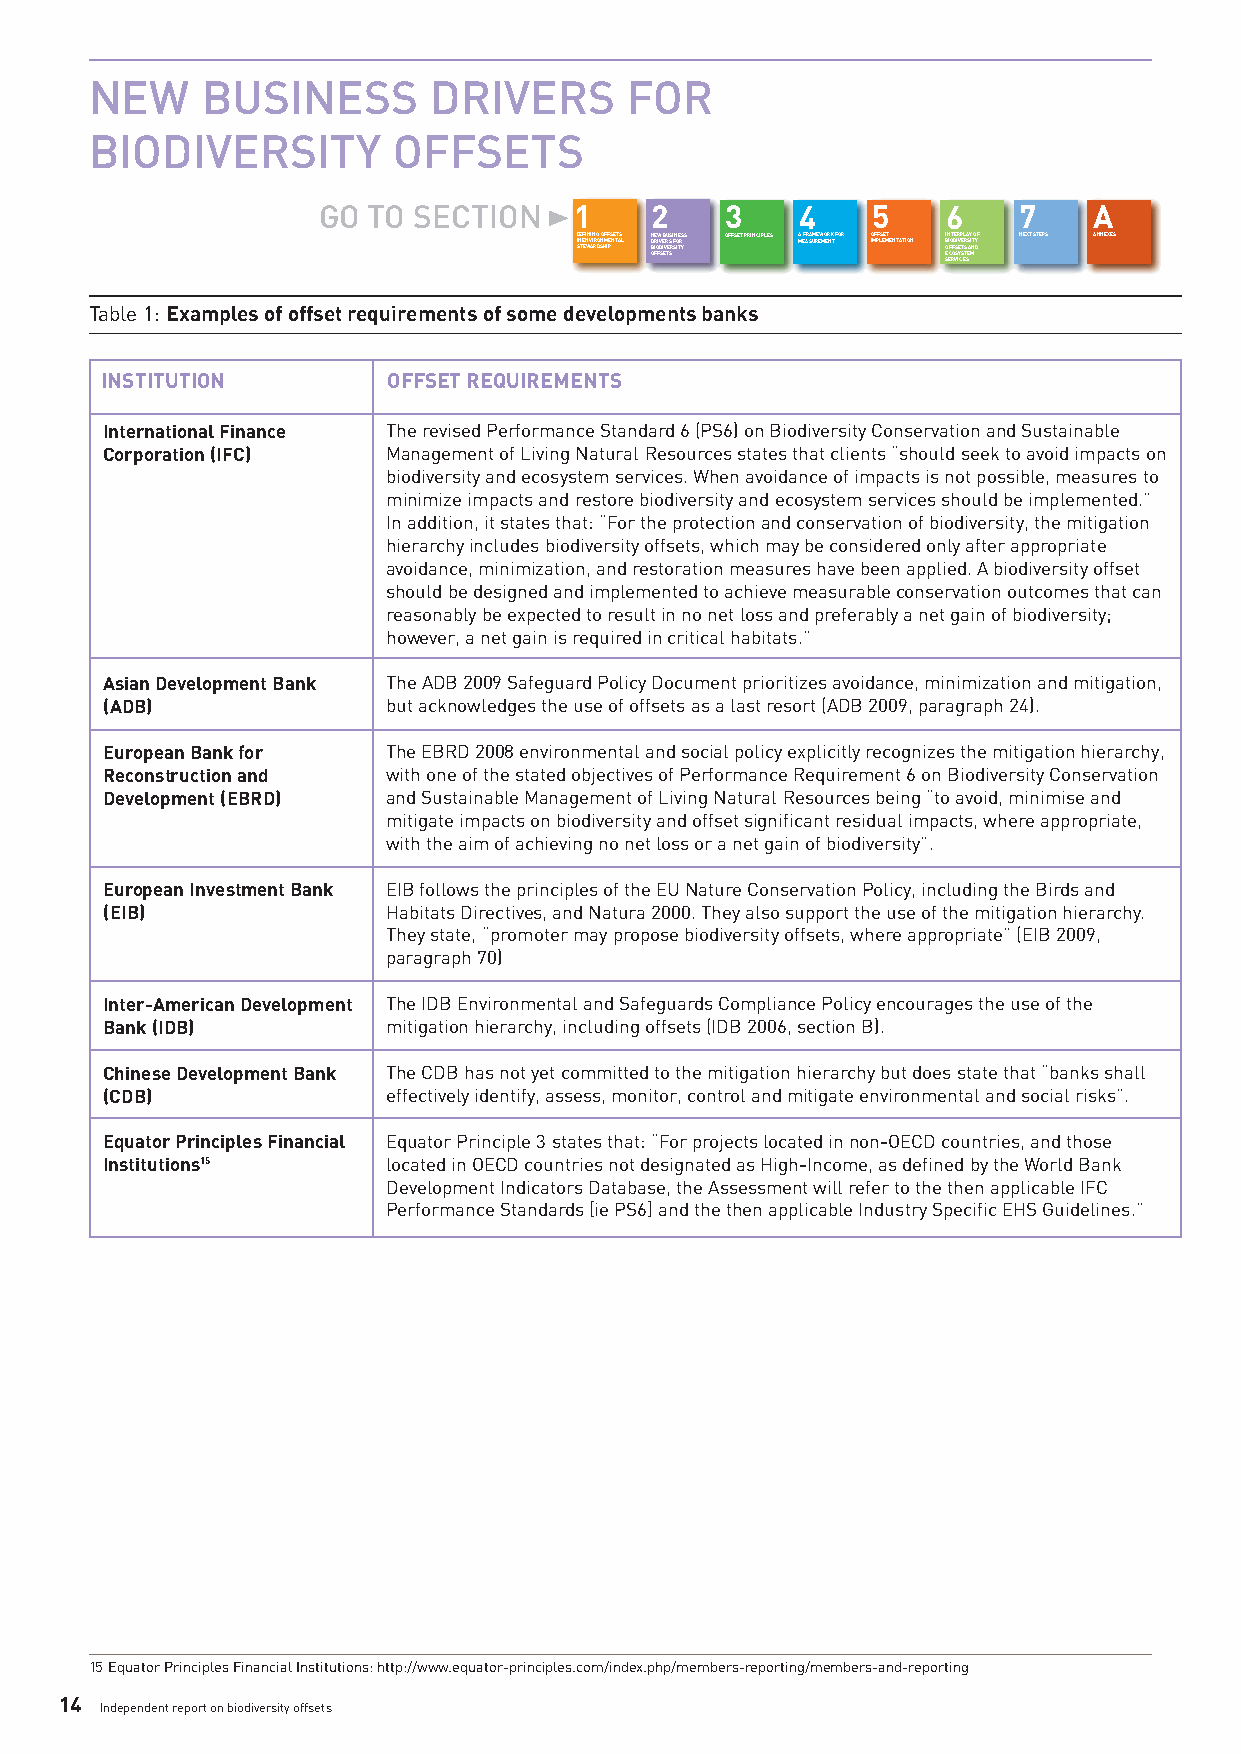
NEW    BUSINESS       DRIVERS      FOR
 BIODIVERSITY        OFFSETS
 GO TO SECTION    1    2    3    4    5    6   7    A
 DISNTE EEF WNINVAIIN RRG DO SNO HFMIF PES NETTASL NDBOFIRE OFIW DV SE IEB VR TU ES SRS FI SNOITERYS S OFFSET PRINCIPLES AM EFARSAUMREEWMOERNKT FOR OIMFPFLSEEMT ENTATION IBOESN ECFIOT ROFEDS VSRIE IYV CP TSE EL STR SA EAS Y MIN TO DYF NEXT STEPS ANNEXES
 Table 1: Examples of offset requirements of some developments banks
 INSTITUTION        OFFSET REQUIREMENTS
 International Finance The revised Performance Standard 6 (PS6) on Biodiversity Conservation and Sustainable
 Corporation (IFC)  Management of Living Natural Resources states that clients “should seek to avoid impacts on
 biodiversity and ecosystem services. When avoidance of impacts is not possible, measures to
 minimize impacts and restore biodiversity and ecosystem services should be implemented.”
 In addition, it states that: “For the protection and conservation of biodiversity, the mitigation
 hierarchy includes biodiversity offsets, which may be considered only after appropriate
 avoidance, minimization, and restoration measures have been applied. A biodiversity offset
 should be designed and implemented to achieve measurable conservation outcomes that can
 reasonably be expected to result in no net loss and preferably a net gain of biodiversity;
 however, a net gain is required in critical habitats.”
 Asian Development Bank The ADB 2009 Safeguard Policy Document prioritizes avoidance, minimization and mitigation,
 (ADB)              but acknowledges the use of offsets as a last resort (ADB 2009, paragraph 24).
 European Bank for  The EBRD 2008 environmental and social policy explicitly recognizes the mitigation hierarchy,
 Reconstruction and with one of the stated objectives of Performance Requirement 6 on Biodiversity Conservation
 Development (EBRD) and Sustainable Management of Living Natural Resources being “to avoid, minimise and
 mitigate impacts on biodiversity and offset significant residual impacts, where appropriate,
 with the aim of achieving no net loss or a net gain of biodiversity”.
 European Investment Bank EIB follows the principles of the EU Nature Conservation Policy, including the Birds and
 (EIB)              Habitats Directives, and Natura 2000. They also support the use of the mitigation hierarchy.
 They state, “promoter may propose biodiversity offsets, where appropriate” (EIB 2009,
 paragraph 70)
 Inter-American Development The IDB Environmental and Safeguards Compliance Policy encourages the use of the
 Bank (IDB)         mitigation hierarchy, including offsets (IDB 2006, section B).
 Chinese Development Bank The CDB has not yet committed to the mitigation hierarchy but does state that “banks shall
 (CDB)              effectively identify, assess, monitor, control and mitigate environmental and social risks”.
 Equator Principles Financial Equator Principle 3 states that: “For projects located in non-OECD countries, and those
 Institutions15     located in OECD countries not designated as High-Income, as defined by the World Bank
 Development Indicators Database, the Assessment will refer to the then applicable IFC
 Performance Standards [ie PS6] and the then applicable Industry Specific EHS Guidelines.”
 15Equator Principles Financial Institutions: http://www.equator-principles.com/index.php/members-reporting/members-and-reporting
 14
 Independent report on biodiversity offsets